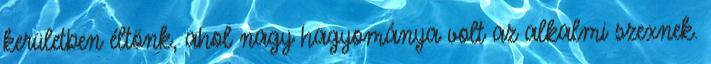
kerületben éltönk, ahol nagy hagyománya volt az alkalmi szexnek.